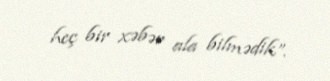
heç bir xəbər ala bilmədik”.